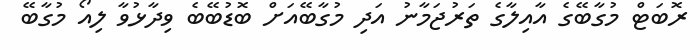
ރޮބަޓް މުގާބޭގެ އާއިލާގެ ތަރުޖަމާނު އަދި މުގާބޭއަށް ބޮޑުބޭބެ ވިދާޅުވާ ލިއޯ މުގާބޭ